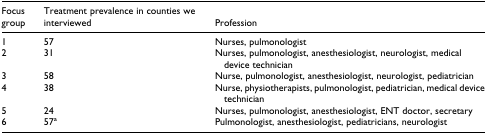
<table><thead><tr><td><b>Focus group</b></td><td><b>Treatment prevalence in counties we interviewed</b></td><td><b>Profession</b></td></tr></thead><tbody><tr><td>1</td><td>57</td><td>Nurses, pulmonologist</td></tr><tr><td>2</td><td>31</td><td>Nurses, pulmonologist, anesthesiologist, neurologist,medical device technician</td></tr><tr><td>3</td><td>58</td><td>Nurse, pulmonologist, anesthesiologist, neurologist,pediatrician</td></tr><tr><td>4</td><td>38</td><td>Nurse, physiotherapists, pulmonologist, pediatrician,medical device technician</td></tr><tr><td>5</td><td>24</td><td>Nurses, pulmonologist, anesthesiologist, ENT doctor,secretary</td></tr><tr><td>6</td><td>57<sup>a</sup></td><td>Pulmonologist, anesthesiologist, pediatricians,neurologist</td></tr></tbody></table>